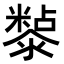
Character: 𭲲